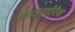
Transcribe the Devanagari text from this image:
काजादोरेस